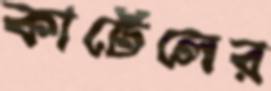
কার্টেলের